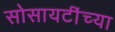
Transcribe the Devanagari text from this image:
सोसायटींच्या